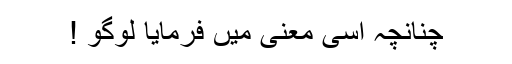
چنانچہ اسی معنی میں فرمایا لوگو !